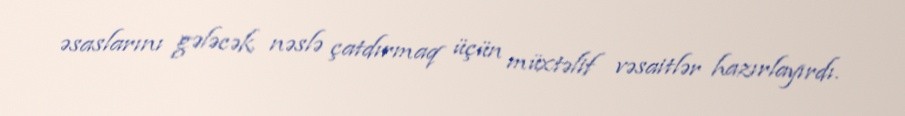
əsaslarını gələcək nəslə çatdırmaq üçün müxtəlif vəsaitlər hazırlayırdı.